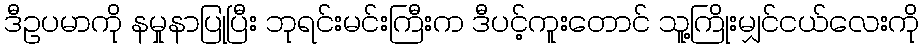
ဒီဥပမာကို နမှုနာပြုပြီး ဘုရင်းမင်းကြီးက ဒီပင့်ကူးတောင် သူ့ကြိုးမျှင်ငယ်လေးကို